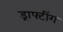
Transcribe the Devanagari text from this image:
ड्राफ्टींग